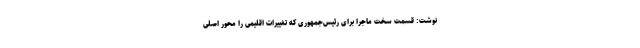
نوشت: قسمت سخت ماجرا برای رئیس‌جمهوری که تغییرات اقلیمی را محور اصلی